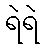
ရဲရဲ